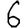
Digit: 6